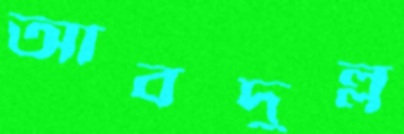
আবদুল্ল